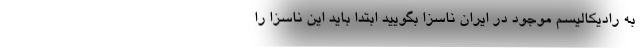
به رادیکالیسم موجود در ایران ناسزا بگویید ابتدا باید این ناسزا را